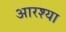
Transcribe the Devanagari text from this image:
आरश्या